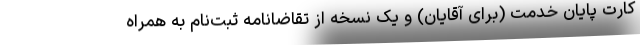
کارت پایان خدمت (برای آقایان) و یک نسخه از تقاضانامه ثبت‌نام به همراه